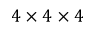
4 \times 4 \times 4